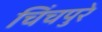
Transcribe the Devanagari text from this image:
चिंचपुरे